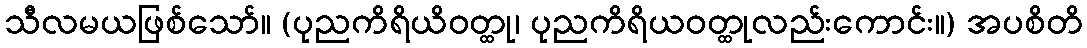
သီလမယဖြစ်သော်။ (ပုညကိရိယိဝတ္ထု၊ ပုညကိရိယဝတ္ထုလည်းကောင်း။) အပစိတိ